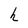
Character: h